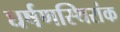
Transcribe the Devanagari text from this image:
घर्षणस्थिरांक